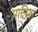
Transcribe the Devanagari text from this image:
मानिश